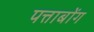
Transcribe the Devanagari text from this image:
पत्ताबोंग